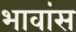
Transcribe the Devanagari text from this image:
भावांस